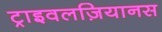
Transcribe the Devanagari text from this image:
ट्राइवलज़ियानस